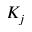
K _ { j }